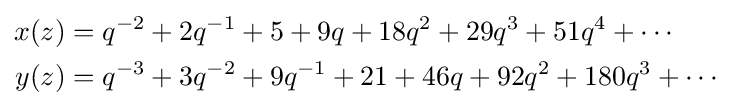
{\begin{aligned}x(z)&=q^{-2}+2q^{-1}+5+9q+18q^{2}+29q^{3}+51q^{4}+\cdots \\y(z)&=q^{-3}+3q^{-2}+9q^{-1}+21+46q+92q^{2}+180q^{3}+\cdots \end{aligned}}